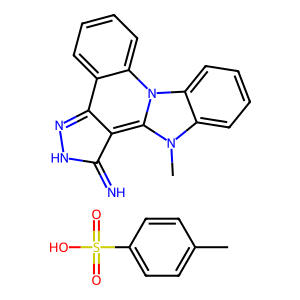
SMILES: Cc1ccc(S(=O)(=O)O)cc1.Cn1c2ccccc2n2c3ccccc3c3n[nH]c(=N)c-3c12
Inhibits HIV replication: No